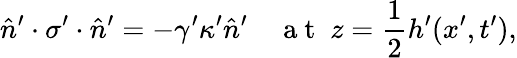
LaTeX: \hat{n}^{\prime}\cdot\sigma^{\prime}\cdot\hat{n}^{\prime}=-\gamma^{\prime}\kappa^{\prime}\hat{n}^{\prime}\quad\mathrm{~a~t~}\; z=\frac{1}{2}h^{\prime}(x^{\prime},t^{\prime}),